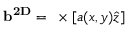
\mathbf { b ^ { 2 D } } = \mathbf { \nabla } \times [ a ( x , y ) \hat { z } ]